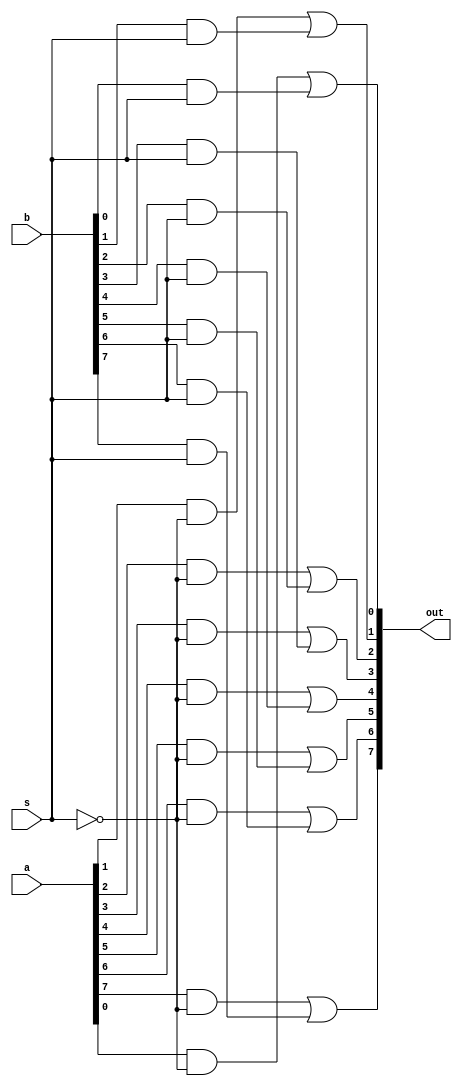
module mux16to8 (out, a, b, s);

output [7:0] out;
input  [7:0] a, b;
input  s;
wire   [7:0]w1;
wire   [7:0]w2;

and (w1[0], a[0], ~s);
and (w2[0], b[0], s);

or (out[0], w1[0], w2[0]);

and (w1[1], a[1], ~s);
and (w2[1], b[1], s);

or (out[1], w1[1], w2[1]);

and (w1[2], a[2], ~s);
and (w2[2], b[2], s);

or (out[2], w1[2], w2[2]);

and (w1[3], a[3], ~s);
and (w2[3], b[3], s);

or (out[3], w1[3], w2[3]);

and (w1[4], a[4], ~s);
and (w2[4], b[4], s);

or (out[4], w1[4], w2[4]);

and (w1[5], a[5], ~s);
and (w2[5], b[5], s);

or (out[5], w1[5], w2[5]);

and (w1[6], a[6], ~s);
and (w2[6], b[6], s);

or (out[6], w1[6], w2[6]);

and (w1[7], a[7], ~s);
and (w2[7], b[7], s);

or (out[7], w1[7], w2[7]);
endmodule